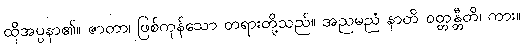
ထိုအပ္ပနာ၏။ ဇာတာ၊ ဖြစ်ကုန်သော တရားတို့သည်။ အညမညံ နာတိ ဝတ္တန္တီတိ၊ ကား။